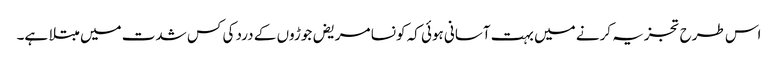
اس طرح تجزیہ کرنے میں بہت آسانی ہوئی کہ کونسا مریض جوڑوں کے درد کی کس شدت میں مبتلا ہے۔